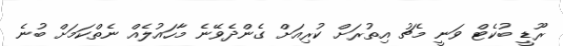
ރޫޑީ ބުކެޓް ވަނީ މެޗު އިތުރަށް ކުރިއަށް ގެންދެވޭނެ މާހައުލެއް ނެތްކަމަށް ބުނެ